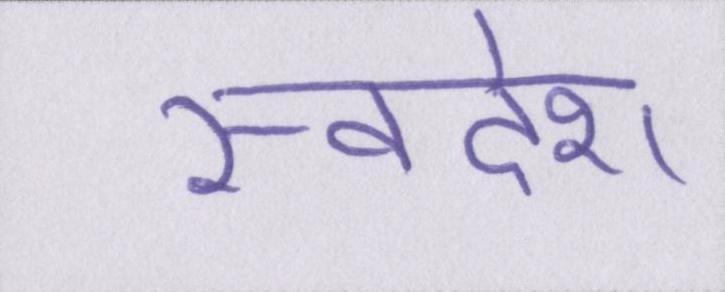
स्वदेश